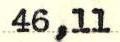
46,11